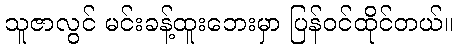
သူဇာလွင် မင်းခန့်ထူးဘေးမှာ ပြန်ဝင်ထိုင်တယ်။